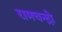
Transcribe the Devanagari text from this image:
रामचन्द्रो